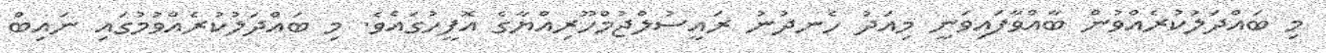
މި ބައްދަލުކުރެއްވުން ބާއްވާފައިވަނީ މިއަދު ހެނދުނު ރައީސުލްޖުމްހޫރިއްޔާގެ އޮފީހުގައެވެ. މި ބައްދަލުކުރެއްވުމުގައި ނައިބް